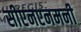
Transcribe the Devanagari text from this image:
सीएनएनमनी